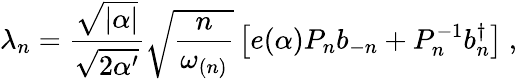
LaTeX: \lambda_{n}=\frac{\sqrt{|\alpha|}}{\sqrt{2\alpha^{\prime}}}\sqrt{\frac{n}{\omega_{(n)}}}\left[e(\alpha)P_{n}b_{-n}+P_{n}^{-1}b_{n}^{\dagger}\right]~,